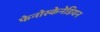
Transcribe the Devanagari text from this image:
फेनोस्केनेडियन